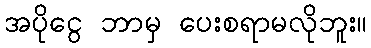
အပိုငွေ ဘာမှ ပေးစရာမလိုဘူး။